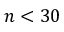
n < 3 0